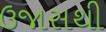
ઉજાસથી